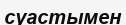
суастымен